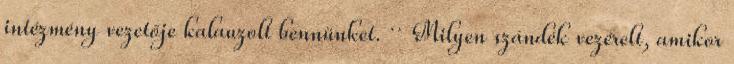
intézmény vezetője kalauzolt bennünket. ·· Milyen szándék vezérelt, amikor